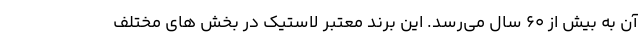
آن به بیش از 60 سال می­رسد. این برند معتبر لاستیک در بخش های مختلف